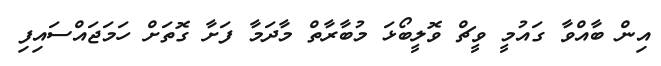
އިން ބާއްވާ ގައުމީ ވީޗް ވޮލީބޯޅަ މުބާރާތް މާދަމާ ފަށާ ގޮތަށް ހަމަޖައްސައިފި